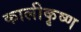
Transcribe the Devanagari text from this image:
कालीकृष्ण